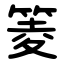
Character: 䈊